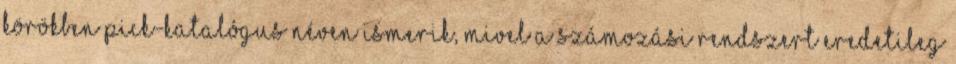
körökben Pick-katalógus néven ismerik, mivel a számozási rendszert eredetileg